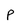
Character: p